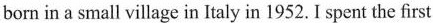
born in a small village in Italy in 1952. I spent the first